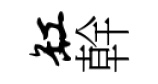
缸幹